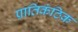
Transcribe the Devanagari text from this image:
प्रातिकंठिक